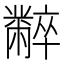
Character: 𪓌